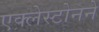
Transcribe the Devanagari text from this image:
एक्लेस्टोनने